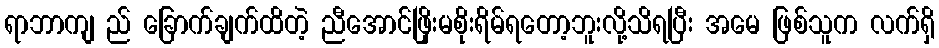
ရာဘာကျ ည် ခြောက်ချက်ထိတဲ့ ညီအောင်ဖြိုးမစိုးရိမ်ရတော့ဘူးလို့သိရပြီး အမေ ဖြစ်သူက လက်ရှိ